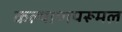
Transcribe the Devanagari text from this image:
कल्याणपरूमल